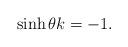
LaTeX: \begin{align*}\sinh \theta & k=-1.\end{align*}